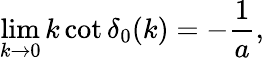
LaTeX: \operatorname*{lim}_{k\to 0}k\cot\delta_{0}(k)=-\frac{1}{a},